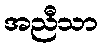
အညီသာ